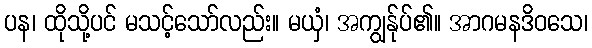
ပန၊ ထိုသို့ပင် မသင့်သော်လည်း။ မယှံ၊ အကျွန်ုပ်၏။ အာဂမနဒိဝသေ၊